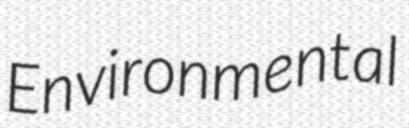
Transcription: Environmental